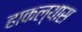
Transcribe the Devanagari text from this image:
हाकल्यास